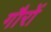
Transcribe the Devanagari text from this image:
गौरों